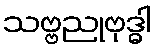
သဗ္ဗညုဗုဒ္ဓါ